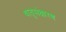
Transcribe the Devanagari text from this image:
धातुसंक्षारण